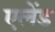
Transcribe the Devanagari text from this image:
एलेंड